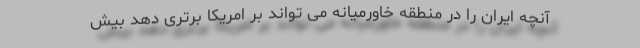
آنچه ایران را در منطقه خاورمیانه می تواند بر امریکا برتری دهد بیش